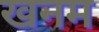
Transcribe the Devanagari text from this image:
खनम